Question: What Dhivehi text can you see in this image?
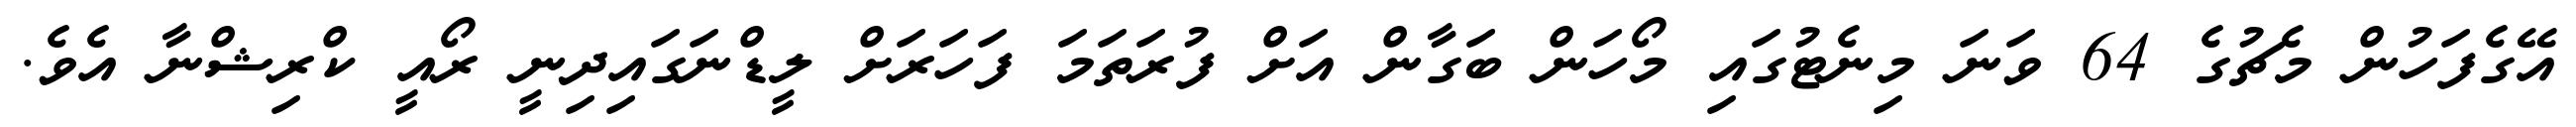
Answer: އޭގެފަހުން މެޗުގެ 64 ވަނަ މިނެޓުގައި މޯހަން ބަގާން އަށް ފުރަތަމަ ފަހަރަށް ލީޑްނަގައިދިނީ ރޯއީ ކްރިޝްނާ އެވެ.